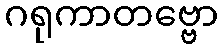
ဂရုကာတဗ္ဗော